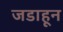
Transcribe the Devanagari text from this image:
जडाहून